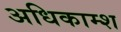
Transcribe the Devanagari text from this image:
अधिकाम्श